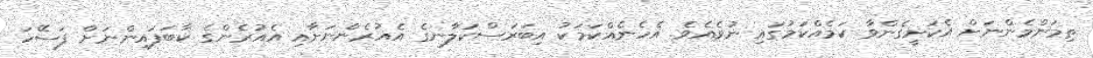
ތިމަންމެންނަށް އެކަށީގެންވާ ކަމެއްކަމުގައި ނުވެއެވެ. އެހެނެއްކަމަކު އިބަރަސްކަލާނގެ އެއުރެންނަށާއި އެއުރެންގެ ކާބަފައިންނަށް ފަސޭހަ